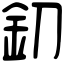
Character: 釖